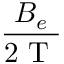
\frac { B _ { e } } { 2 \textrm { T } }